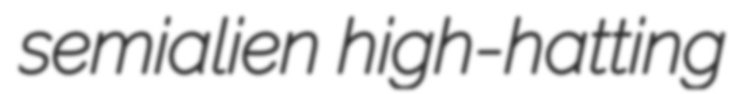
semialien high-hatting